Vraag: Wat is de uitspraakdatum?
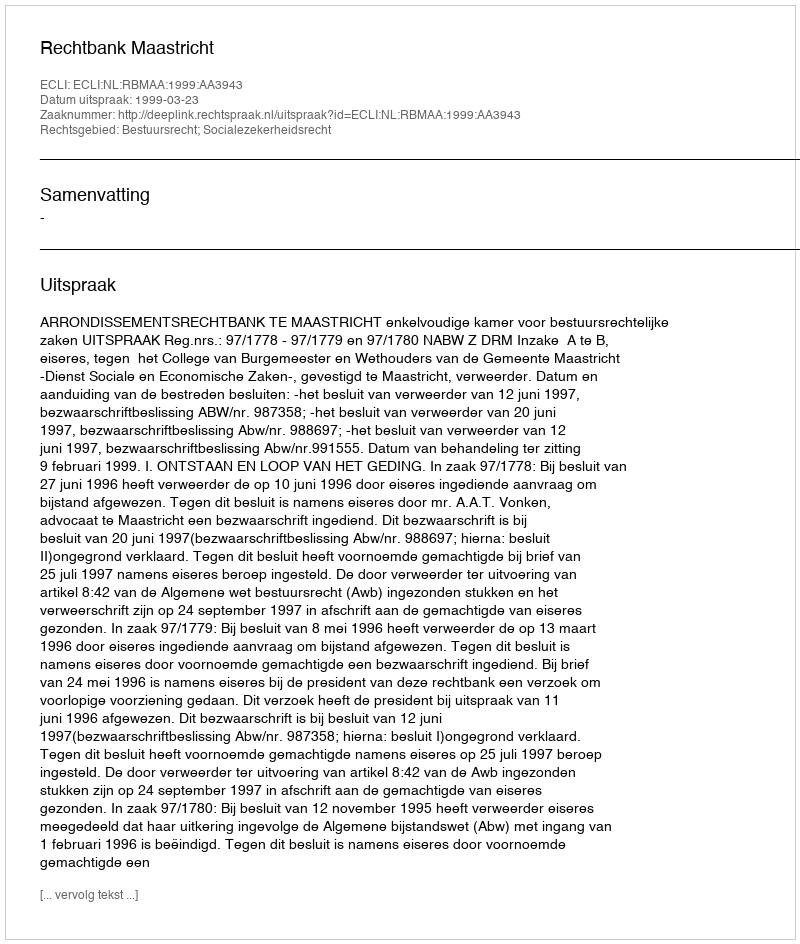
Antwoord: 1999-03-23